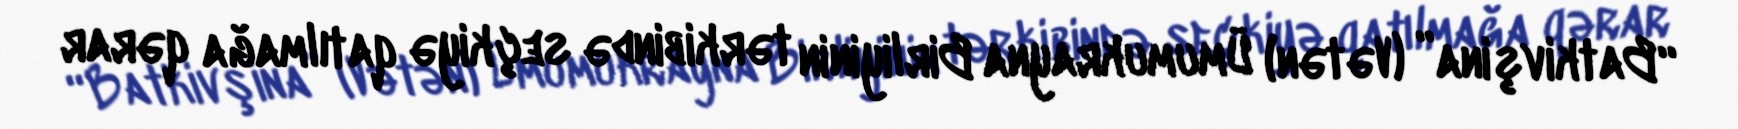
“Batkivşina” (Vətən) Ümumukrayna Birliyinin tərkibində seçkiyə qatılmağa qərar